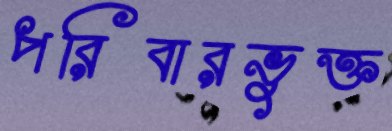
পরিবারভুক্ত